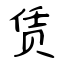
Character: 赁